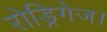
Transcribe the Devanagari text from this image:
रोड्रिगेज।